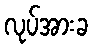
လုပ်အားခ